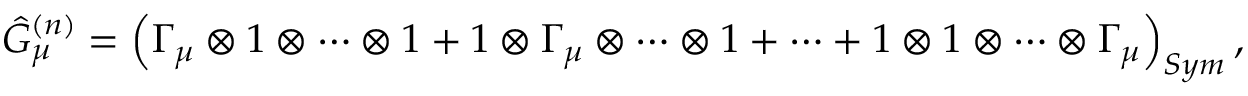
\hat { G } _ { \mu } ^ { ( n ) } = \left( \Gamma _ { \mu } \otimes 1 \otimes \cdots \otimes 1 + 1 \otimes \Gamma _ { \mu } \otimes \cdots \otimes 1 + \cdots + 1 \otimes 1 \otimes \cdots \otimes \Gamma _ { \mu } \right) _ { S y m } ,